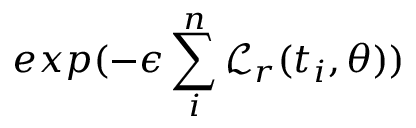
e x p ( - \epsilon \sum _ { i } ^ { n } \mathcal { L } _ { r } ( t _ { i } , \boldsymbol { \theta } ) )